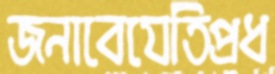
জনাবেযেতিপ্রধ